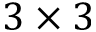
3 \times 3